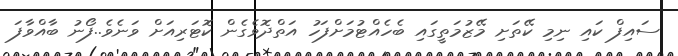
ސައިފް ކައި ނިމި ކޭތަށި މޭޒުމަތީގައި ބެހެއްޓުމަށްފަހު އަތްދޮވެގެން ކޮޓަރިއަށް ވަނެވެ..ފޯނު ބާއްވާފަ